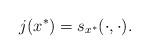
LaTeX: \begin{align*}j(x^*)=s_{x^*}(\cdot,\cdot).\end{align*}